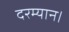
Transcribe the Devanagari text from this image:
दरम्यान।